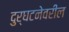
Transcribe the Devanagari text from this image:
दुर्घटनेवरील